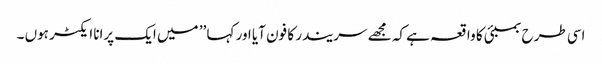
اسی طرح بمبئی کا واقعہ ہے کہ مجھے سریندر کا فون آیا اور کہا ’’ میں ایک پرانا ایکٹر ہوں ۔